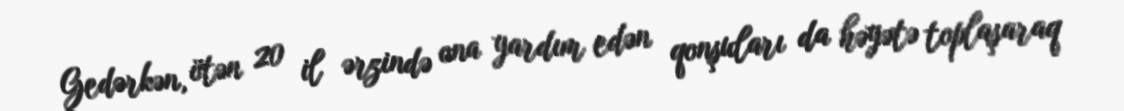
Gedərkən, ötən 20 il ərzində ona yardım edən qonşuları da həyətə toplaşaraq